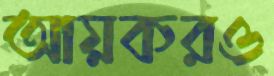
আয়করও